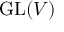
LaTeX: { \mathrm { G L } } ( V )